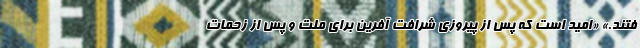
فتند.» «امید است که پس از پیروزی شرافت آفرین برای ملت و پس از زحمات